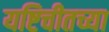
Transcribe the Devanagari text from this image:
यष्टिचीतच्या